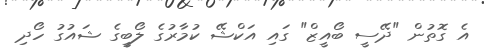
އެ ގޮތުން "ދޭސީ ބޯއީޒް" ގައި އަކްޝޭ ކުމާރުގެ ލޯބީގެ ޝައުގު ހޯދި